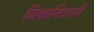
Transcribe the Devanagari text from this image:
विश्वामित्रासी